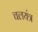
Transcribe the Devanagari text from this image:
चलयंत्र